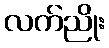
လက်ညိုး